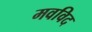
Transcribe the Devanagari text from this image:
मवविद